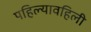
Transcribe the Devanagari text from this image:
पहिल्यावहिली